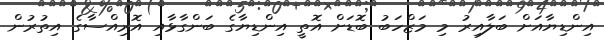
އިންޑިޔާއަށް ބަލާއިރު މި މަޒްހަބު ބޮޑަށް އޮތީ އިންޑިޔާގެ ބަންގާޅާއި އޮރިއްސާގެ އިތުރުން